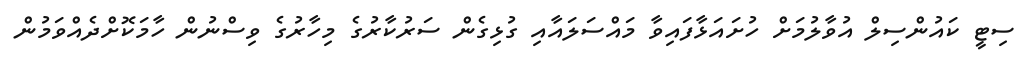
ސިޓީ ކައުންސިލް އުވާލުމަށް ހުށައަޅާފައިވާ މައްސަލައާއި ގުޅިގެން ސަރުކާރުގެ މިހާރުގެ ވިސްނުން ހާމަކޮށްދެއްވަމުން